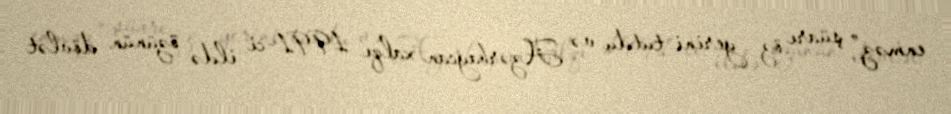
enməz” şüarı öz yerini tutdu və Azərbaycan xalqı 1991-ci ildə özünün dövlət